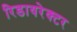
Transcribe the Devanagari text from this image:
रिडायरेक्टर